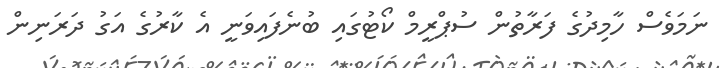
ނަމަވެސް ހާމިދުގެ ފަރާތުން ސުޕްރީމް ކޯޓުގައި ބުނެފައިވަނީ އެ ކާރުގެ އަގު ދަރަނިން